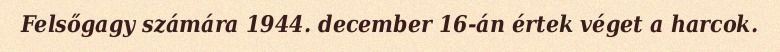
Felsőgagy számára 1944. december 16-án értek véget a harcok.